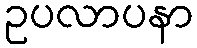
ဥပလာပနာ